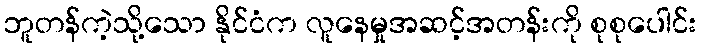
ဘူတန်ကဲ့သို့သော နိုင်ငံက လူနေမှုအဆင့်အတန်းကို စုစုပေါင်း